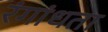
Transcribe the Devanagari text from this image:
रंगांधता